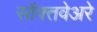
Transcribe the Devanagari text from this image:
सॉफ्तवेअरे